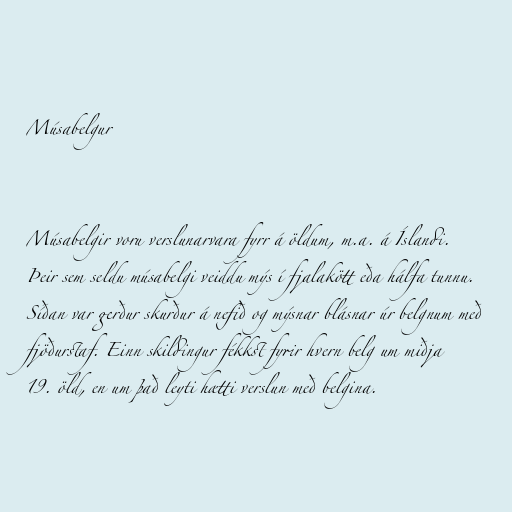
Músabelgur

Músabelgir voru verslunarvara fyrr á öldum, m.a. á Íslandi.
Þeir sem seldu músabelgi veiddu mýs í fjalakött eða hálfa tunnu.
Síðan var gerður skurður á nefið og mýsnar blásnar úr belgnum með
fjöðurstaf. Einn skildingur fékkst fyrir hvern belg um miðja
19. öld, en um það leyti hætti verslun með belgina.